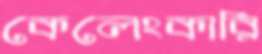
কেলেংকারি